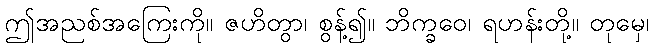
ဤအညစ်အကြေးကို။ ဇဟိတွာ၊ စွန့်၍။ ဘိက္ခဝေ၊ ရဟန်းတို့။ တုမှေ၊